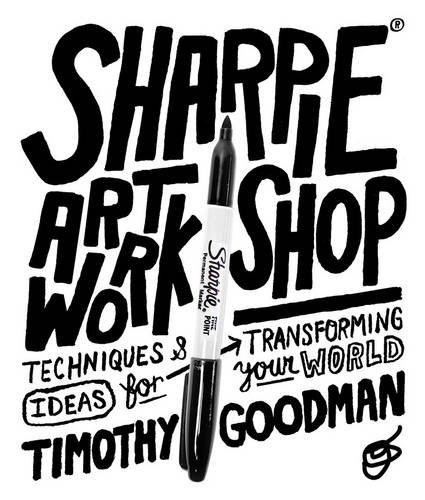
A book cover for Sharpie Art Workshop: Techniques and Ideas for Transforming Your World; Timothy Goodman; Crafts, Hobbies & Home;